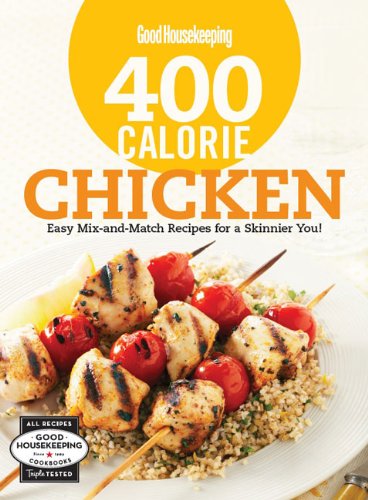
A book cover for Good Housekeeping 400 Calorie Chicken: Easy Mix-and-Match Recipes for a Skinnier You! (Good Housekeeping Cookbooks); Cookbooks, Food & Wine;